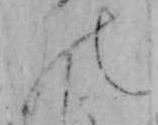
の